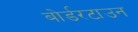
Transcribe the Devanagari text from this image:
बोर्डरटाउन